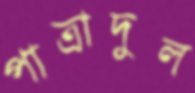
পাত্রাদুল